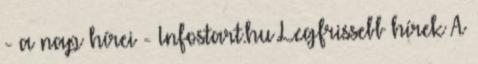
- a nap hírei - Infostart.hu Legfrissebb hírek A